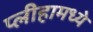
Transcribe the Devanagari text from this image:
प्लीहामध्ये